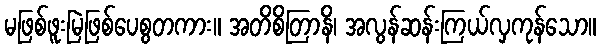
မဖြစ်ဖူးမြဲဖြစ်ပေစွတကား။ အတိစိတြာနိ၊ အလွန်ဆန်းကြယ်လှကုန်သော။